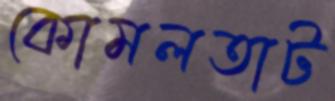
কোমলতাট